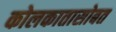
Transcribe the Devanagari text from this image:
कोलकातासोबत